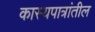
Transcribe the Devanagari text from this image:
कास्यपात्रांतील